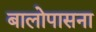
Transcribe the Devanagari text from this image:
बालोपासना